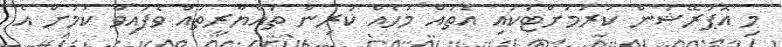
މި އޮޕަރޭޝަން ކުރުމަށްޓަކައި އެތައް މަހެއް ކުރިން ތައްޔާރީތައް ވެފައިވާ ކަމަށް އެ